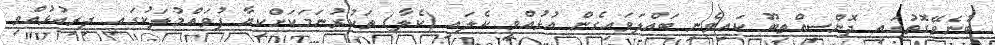
ބުނެވޭގޮތުގައި ދޮންސިއްތިބޫ ކައިވެނި ބައްލަވައިގެން އުޅުއްވީ ކެލައި (ކެލާ) ތަކުރުނަމަކަށްކިޔާ ފުވައްމުލަކުގައި ދިރިއުޅުއްވި